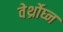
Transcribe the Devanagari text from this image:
वेर्थ्रोघ्न